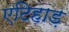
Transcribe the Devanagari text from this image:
एटिहाड़